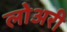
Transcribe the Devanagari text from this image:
लोअरी